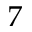
7